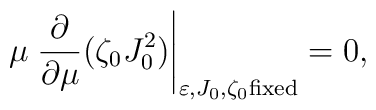
\mu \left. \frac{\partial}{\partial \mu}( \zeta_0 J_0^2) \right|_{\varepsilon,J_0, \zeta_0 {\rm fixed}} = 0,